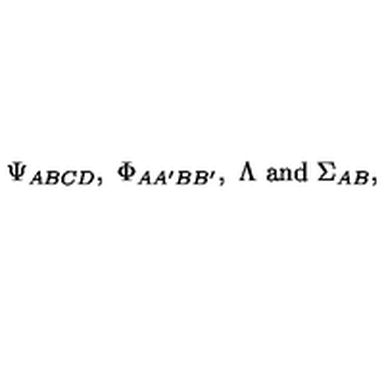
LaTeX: \Psi _ { A B C D } , \ \Phi _ { A A ^ { \prime } B B ^ { \prime } } , \ \Lambda \ \mathrm { a n d } \ \Sigma _ { A B } ,